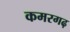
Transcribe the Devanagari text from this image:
कमरगढ़